Plague in India, 1896, 1897 - Volume 3
Year: 1896
Disease focus: Plague
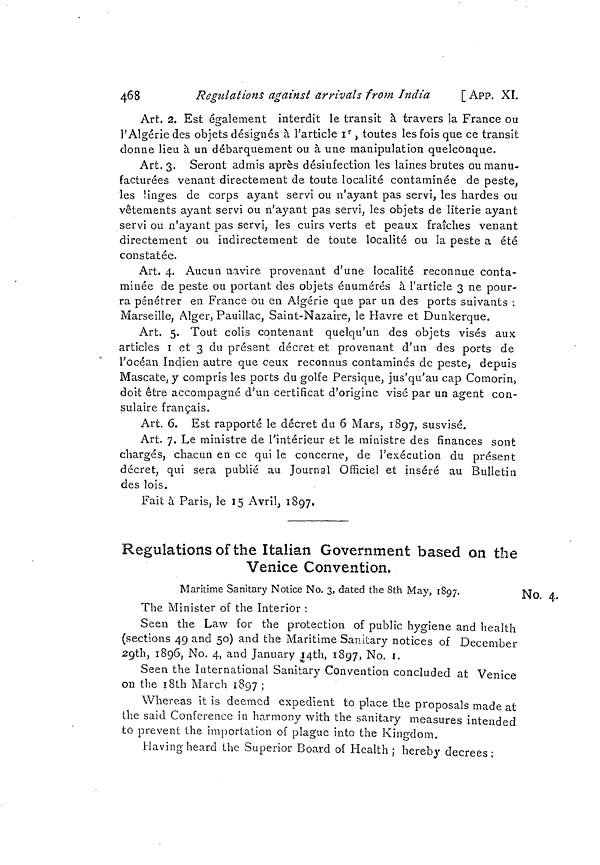
468
Regulations against arrivals from India
[App. XI.
Art. 2, Est également interdit le transit à travers la France ou
l'Algérie des objets désignés à l'article 1r, toutes les fois que ce transit
donne lieu à un débarquement ou à une manipulation quelconque.
Art. 3. Seront admis après désinfection les laines brutes ou manu-
facturées venant directement de toute localité contaminée de peste,
les linges de corps ayant servi ou n'ayant pas servi, les hardes ou
vêtements ayant servi ou n'ayant pas servi, les objets de literie ayant
servi ou n'ayant pas servi, les cuirs verts et peaux fraîches venant
directement ou indirectement de toute localité ou la peste a été
constatée.
Art. 4. Aucun navire provenant d'une localité reconnue conta-
minée de peste ou portant des objets énumérés à l'article 3 ne pour-
ra pénétrer en France ou en Algérie que par un des ports suivants :
Marseille, Alger, Pauillac, Saint-Nazaire, le Havre et Dunkerque.
Art. 5. Tout colis contenant quelqu'un des objets visés aux
articles 1 et 3 du présent décret et provenant d'un des ports de
l'océan Indien autre que ceux reconnus contaminés de peste, depuis
Máscate, y compris les ports du golfe Persique, jus'qu'au cap Comorin,
doit être accompagné d'un certificat d'origine visé par un agent con-
sulaire français.
Art. 6. Est rapporté le décret du 6 Mars, 1897, susvisé.
Art. 7. Le ministre de l'intérieur et le ministre des finances sont
chargés, chacun en ce qui le concerne, de l'exécution du présent
décret, qui sera publié au Journal Officiel et inséré au Bulletin
des lois.
Fait à Paris, le 15 Avril, 1897.
Regulations of the Italian Government based on the
Venice Convention.
No. 4.
Maritime Sanitary Notice No. 3, dated the 8th May, 1897.
The Minister of the Interior :
Seen the Law for the protection of public hygiene and health
(sections 49 and 50) and the Maritime Sanitary notices of December
29th, 1896, No. 4, and January 14th, 1897, No. 1
Seen the International Sanitary Convention concluded at Venice
on the 18th March 1897 ;
Whereas it is deemed expedient to place the proposals made at
the said Conference in harmony with the sanitary measures intended
to prevent the importation of plague into the Kingdom.
Having heard the Superior Board of Health; hereby decrees;